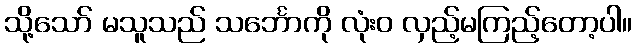
သို့သော် မသူသည် သင်္ဘောကို လုံးဝ လှည့်မကြည့်တော့ပါ။